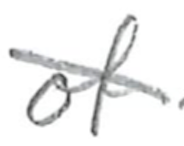
Text: of
Cross-out: diagonal
Writing tool: pencil